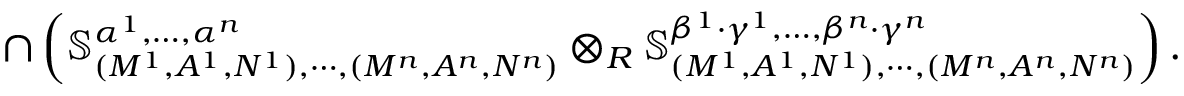
\cap \left( \mathbb { S } _ { ( M ^ { 1 } , A ^ { 1 } , N ^ { 1 } ) , \cdots , ( M ^ { n } , A ^ { n } , N ^ { n } ) } ^ { \alpha ^ { 1 } , \dots , \alpha ^ { n } } \otimes _ { R } \mathbb { S } _ { ( M ^ { 1 } , A ^ { 1 } , N ^ { 1 } ) , \cdots , ( M ^ { n } , A ^ { n } , N ^ { n } ) } ^ { \beta ^ { 1 } \cdot \gamma ^ { 1 } , \dots , \beta ^ { n } \cdot \gamma ^ { n } } \right) .